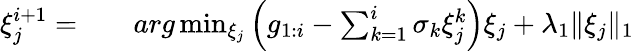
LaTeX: \begin{array}{rlr}{\xi_{j}^{i+1}=}&{{}}&{arg\operatorname*{min}_{\xi_{j}}\left(g_{1:i}-\sum_{k=1}^{i}\sigma_{k}\xi_{j}^{k}\right)\xi_{j}+\lambda_{1}\| \xi_{j}\| _{1}}\end{array}